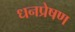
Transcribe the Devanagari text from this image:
धनप्रेषण